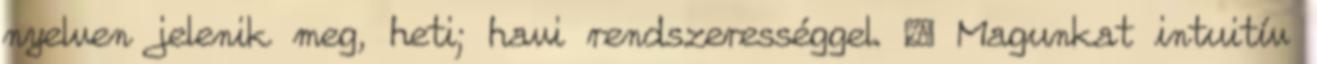
nyelven jelenik meg, heti; havi rendszerességgel.  Magunkat intuitív